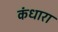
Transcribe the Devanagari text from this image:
कंधारा